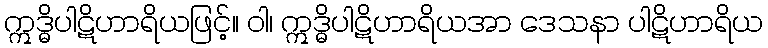
ဣဒ္ဓိပါဋိဟာရိယဖြင့်။ ဝါ၊ ဣဒ္ဓိပါဋိဟာရိယအာ ဒေသနာ ပါဋိဟာရိယ